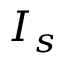
I _ { s }